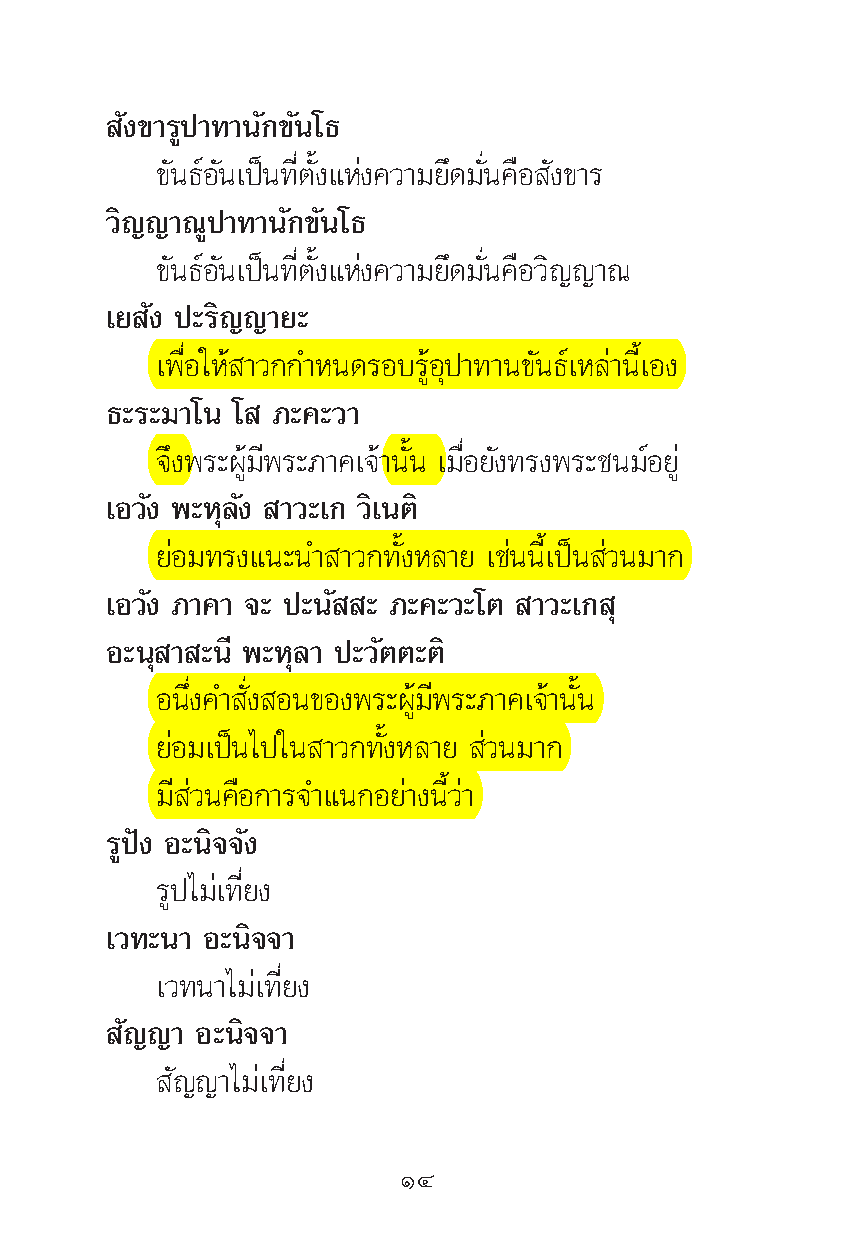
—ß¢“√Ÿª“∑“π—°¢—π‚∏
 ¢—π∏åÕ—π‡ªìπ∑’Ëμ—Èß·Ààß§«“¡¬÷¥¡—Ëπ§◊Õ —ß¢“√
 «‘≠≠“≥Ÿª“∑“π—°¢—π‚∏
 ¢—π∏åÕ—π‡ªìπ∑’Ëμ—Èß·Ààß§«“¡¬÷¥¡—Ëπ§◊Õ«‘≠≠“≥
 ‡¬ —ß ª–√‘≠≠“¬–
 ‡æ◊ËÕ„Àâ “«°°”Àπ¥√Õ∫√ŸâÕÿª“∑“π¢—π∏å‡À≈à“π’È‡Õß
 ∏–√–¡“‚π ‚ ¿–§–«“
 ®÷ßæ√–ºŸâ¡’æ√–¿“§‡®â“π—Èπ ‡¡◊ËÕ¬—ß∑√ßæ√–™π¡åÕ¬Ÿà
 ‡Õ«—ß æ–Àÿ≈—ß “«–‡° «‘‡πμ‘
 ¬àÕ¡∑√ß·π–π” “«°∑—ÈßÀ≈“¬ ‡™àππ’È‡ªìπ à«π¡“°
 ‡Õ«—ß ¿“§“ ®– ª–π— – ¿–§–«–‚μ “«–‡° ÿ
 Õ–πÿ “ –π’ æ–Àÿ≈“ ª–«—μμ–μ‘
 Õπ÷Ëß§” —Ëß Õπ¢Õßæ√–ºŸâ¡’æ√–¿“§‡®â“π—Èπ
 ¬àÕ¡‡ªìπ‰ª„π “«°∑—ÈßÀ≈“¬ à«π¡“°
 ¡’ à«π§◊Õ°“√®”·π°Õ¬à“ßπ’È«à“
 √Ÿªíß Õ–π‘®®—ß
 √Ÿª‰¡à‡∑’Ë¬ß
 ‡«∑–π“ Õ–π‘®®“
 ‡«∑π“‰¡à‡∑’Ë¬ß
 —≠≠“ Õ–π‘®®“
 —≠≠“‰¡à‡∑’Ë¬ß
 ÒÙ